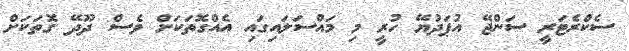
ސެކްރެޓަރީ ސަންޖޭ އުޕަދުޔޭ ހުރީ މި މައްސަލައިގައި އެއްގޮތަކަށް ވެސް ދޫދޭ ގޮތަކަށް